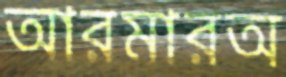
আরমারঅ